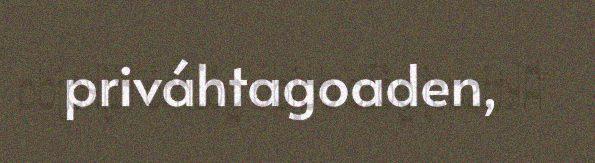
priváhtagoaden,